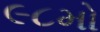
૯૮મો